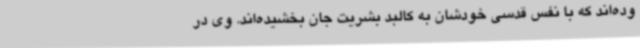
وده‌اند که با نفس قدسی خودشان به کالبد بشریت جان بخشیده‌اند. وی در